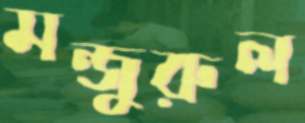
মন্জুরুল